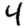
Digit: 4